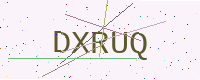
Text: DXRUQ